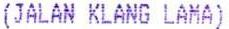
(JALAN KLANG LAMA)